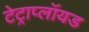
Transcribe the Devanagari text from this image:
टेट्राप्लॉयड